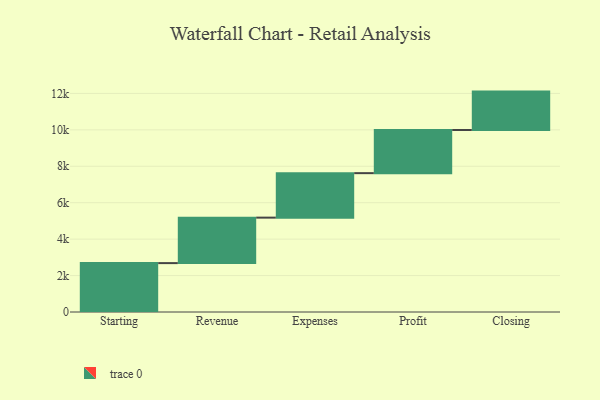
{"axis": {"x": "Step", "y": "Value"}, "legend": [""], "data": [{"x": "Starting", "y": 2684.0, "type": ""}, {"x": "Revenue", "y": 2497.0, "type": ""}, {"x": "Expenses", "y": 2442.0, "type": ""}, {"x": "Profit", "y": 2370.0, "type": ""}, {"x": "Closing", "y": 2107.0, "type": ""}]}